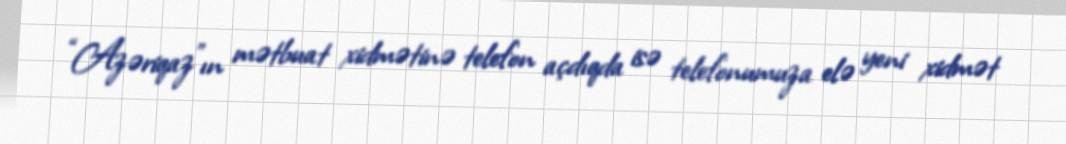
“Azəriqaz”ın mətbuat xidmətinə telefon açdıqda isə telefonumuza elə yeni xidmət